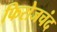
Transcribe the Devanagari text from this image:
फिरोजचंद